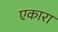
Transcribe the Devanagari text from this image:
एकारा